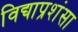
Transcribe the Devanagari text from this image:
विद्याप्रशंसा